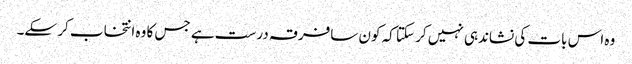
وہ اس بات کی نشاندہی نہیں کر سکتا کہ کون سافرقہ درست ہے جس کا وہ انتخاب کر سکے۔